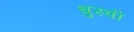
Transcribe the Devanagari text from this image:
बुस्वी